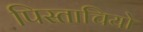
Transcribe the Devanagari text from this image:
पिस्ताचियो